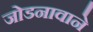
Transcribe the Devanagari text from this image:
जोडनावाने